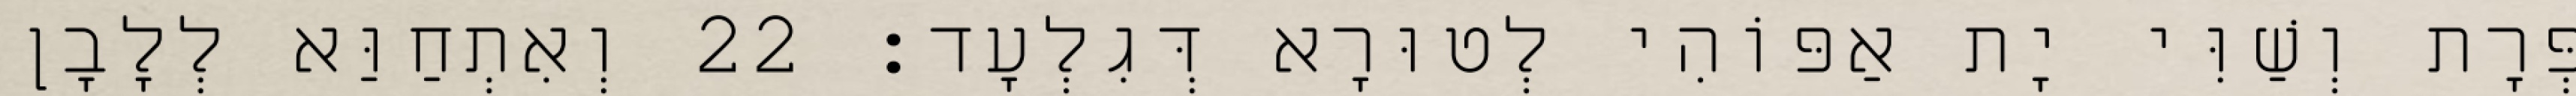
פְּרָת וְשַׁוִּי יָת אַפּוֹהִי לְטוּרָא דְּגִלְעָד׃ 22 וְאִתְחַוַּא לְלָבָן